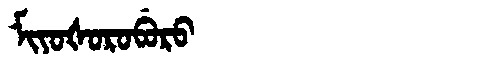
Manchu: ᠮᡳᠶᠣᡧᠣᡵᠣᠪᡠᡵᠣ
Romanization: MIYOŠOROBURO